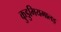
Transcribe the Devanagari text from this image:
कुडुमियमालइ